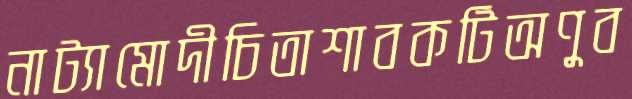
নাট্যামোদীচিতাশাবকটিঅণুব